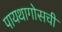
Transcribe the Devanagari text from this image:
पायथागोसची